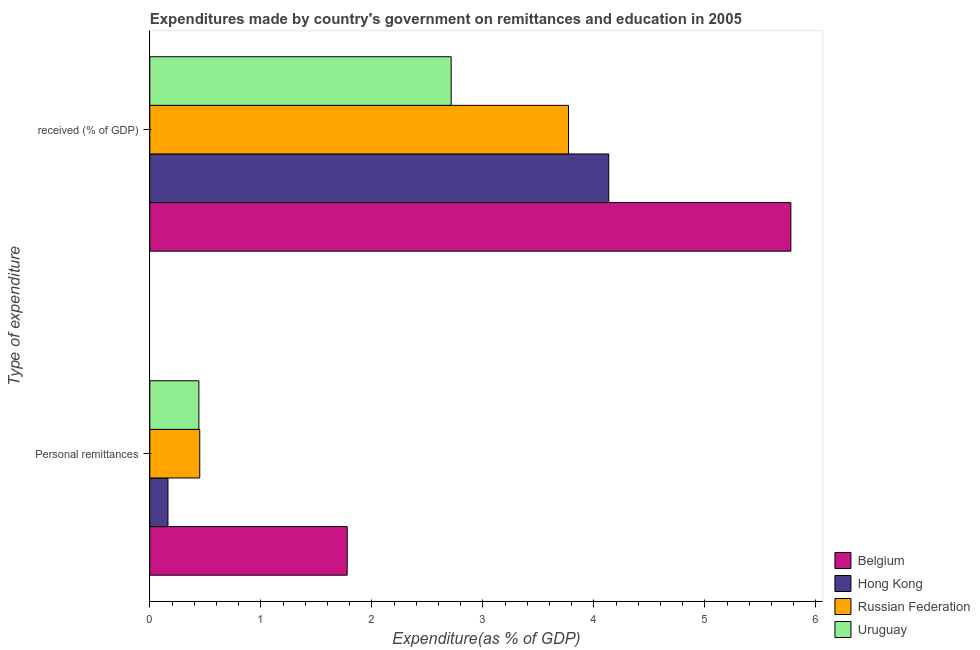
| Type of expenditure | Belgium | Hong Kong | Russian Federation | Uruguay |
 | --- | --- | --- | --- | --- |
 | Personal remittances | 1.78 | 0.163 | 0.45 | 0.442 |
 |  received (% of GDP) | 5.78 | 4.13 | 3.77 | 2.71 |